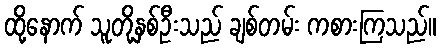
ထို့နောက် သူတို့နှစ်ဦးသည် ချစ်တမ်း ကစားကြသည်။